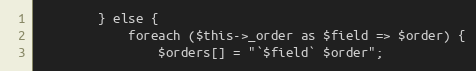
Language: PHP
        } else {
            foreach ($this->_order as $field => $order) {
                $orders[] = "`$field` $order";